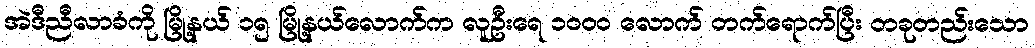
အဲဒီညီလာခံကို မြို့နယ် ၁၅ မြို့နယ်လောက်က လူဦးရေ ၁၀၀၀ လောက် တက်ရောက်ပြီး တခုတည်းသော